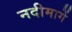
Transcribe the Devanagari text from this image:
नदीमार्गे